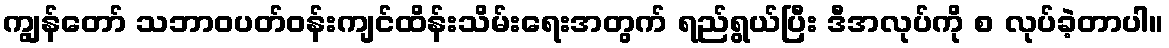
ကျွန်တော် သဘာဝပတ်ဝန်းကျင်ထိန်းသိမ်းရေးအတွက် ရည်ရွယ်ပြီး ဒီအလုပ်ကို စ လုပ်ခဲ့တာပါ။